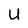
Character: U